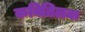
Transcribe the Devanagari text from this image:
कवितिलक